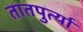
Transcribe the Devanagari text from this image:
तातपुर्त्या